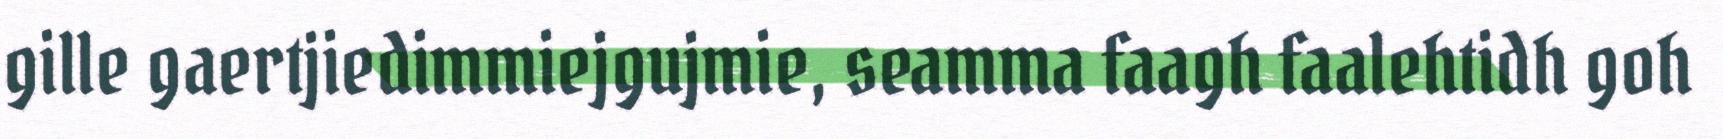
gille gaertjiedimmiejgujmie, seamma faagh faalehtidh goh